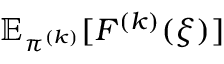
\mathbb { E } _ { \pi ^ { ( k ) } } [ F ^ { ( k ) } ( \xi ) ]